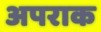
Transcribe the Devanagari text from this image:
अपराक